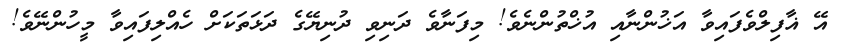
އޭ ޣާފިލްވެފައިވާ އަޚުންނާއި އުޚްތުންނެވެ! މިފަނާވެ ދަނިވި ދުނިޔޭގެ ދަޅަތަކަށް ހެއްލިފައިވާ މީހުންނޭވެ!